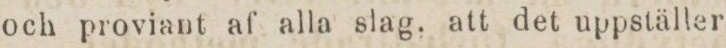
och proviant af alla slag. att det uppställer